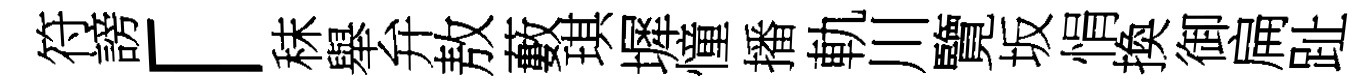
符謗「秣舉弁敖藪琪墀憧播軌川覽坂悁換御扁趾